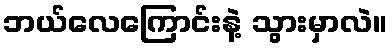
ဘယ်လေကြောင်းနဲ့ သွားမှာလဲ။